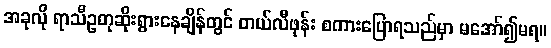
အခုလို ရာသီဥတုဆိုးရွားနေချိန်တွင် တယ်လီဖုန်း စကားပြောရသည်မှာ မအော်၍မရ။